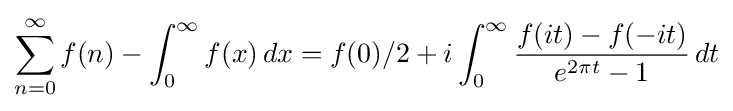
\sum _{n=0}^{\infty }f(n)-\int _{0}^{\infty }f(x)\,dx=f(0)/2+i\int _{0}^{\infty }{\frac {f(it)-f(-it)}{e^{2\pi t}-1}}\,dt